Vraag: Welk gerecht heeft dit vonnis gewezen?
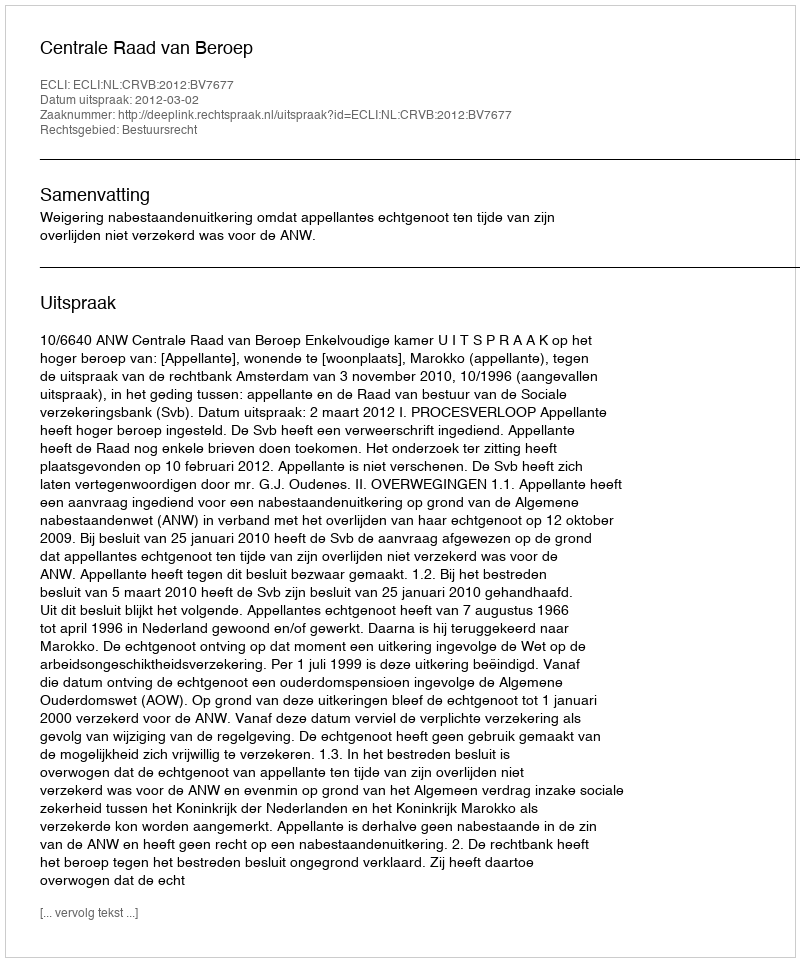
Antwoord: Centrale Raad van Beroep